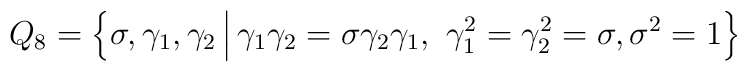
Q_8 = \Big\{   \sigma, \gamma_1, \gamma_2  \,\Big| \,  \gamma_1 \gamma_2 = \sigma \gamma_2 \gamma_1,~  \gamma_1^2=\gamma_2^2=\sigma, \sigma^2=1  \Big\}